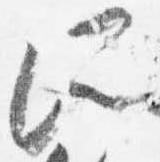
所